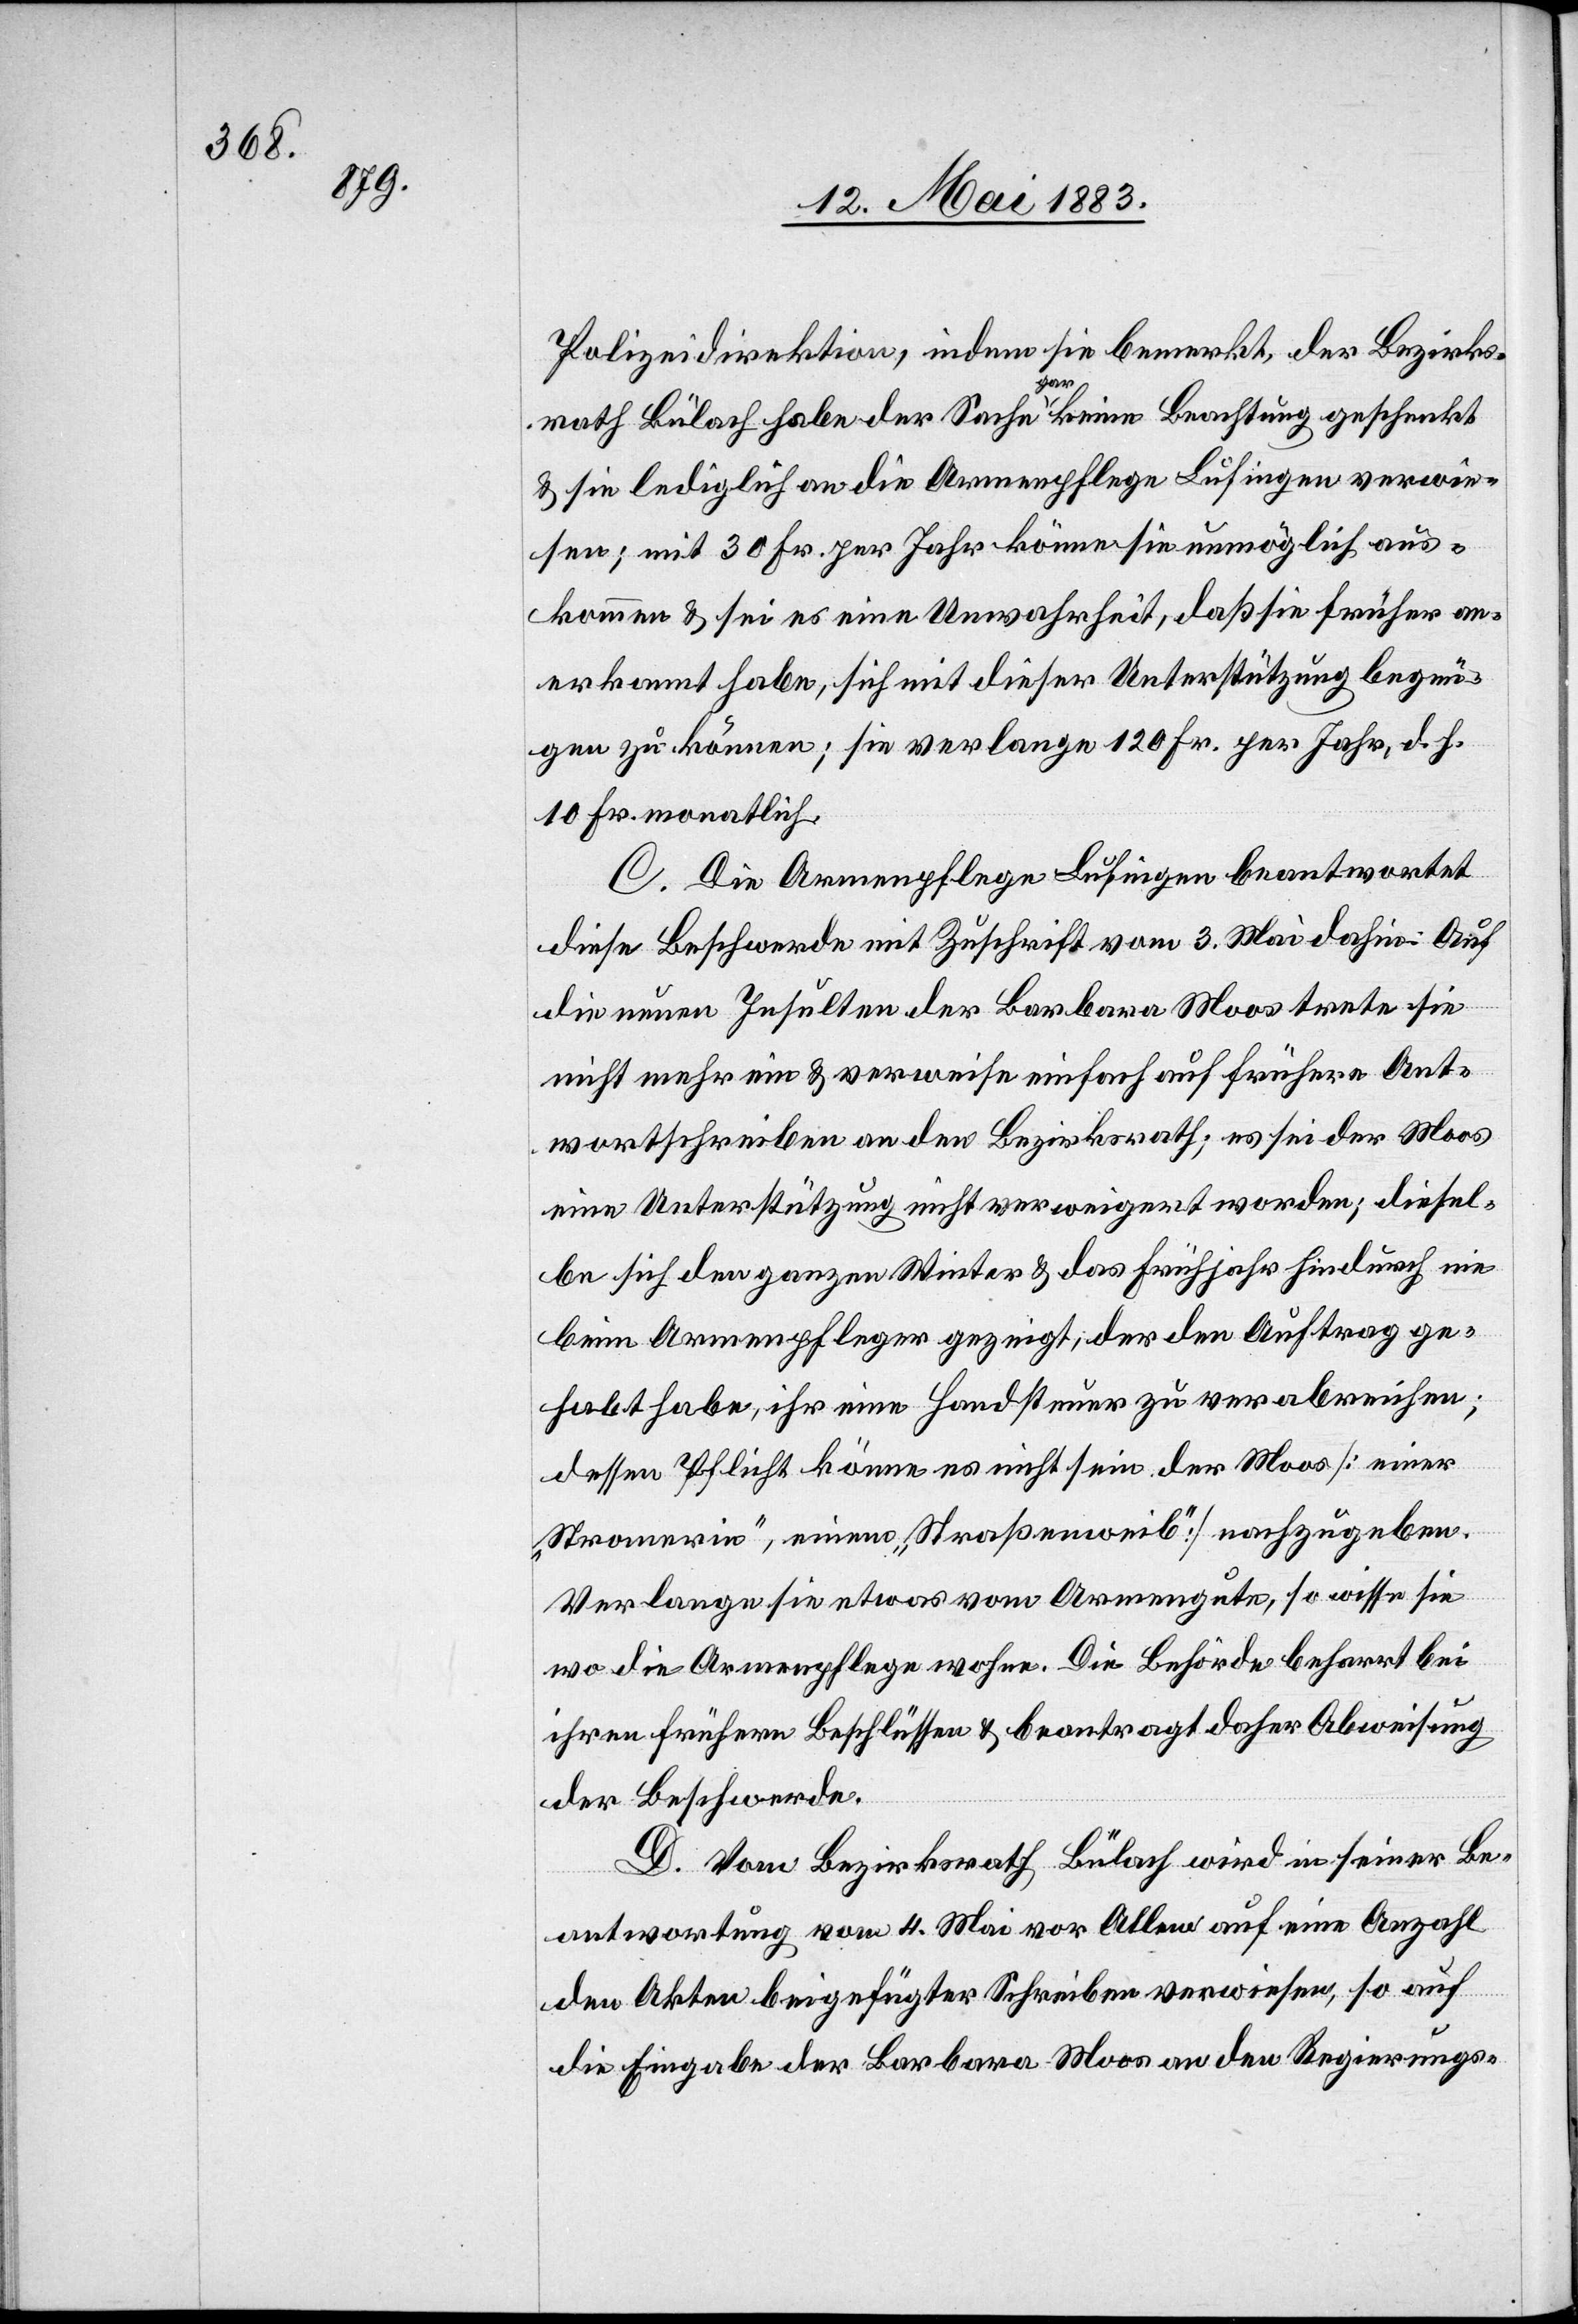
Polizeidirektion, indem sie bemerkt, der Bezirks¬
rath Bülach habe der Sache gar keine Beachtung geschenkt
& sie lediglich an die Armenpflege Lufingen verwie¬
sen; mit 30 Fr. per Jahr könne sie unmöglich aus¬
kommen & sei es eine Unwahrheit, daß sie früher an¬
erkannt habe, sich mit dieser Unterstützung bezeu¬
gen zu können; sie verlange 120 Fr. per Jahr, d. h.
10 Fr. monatlich.
C. Die Armenpflege Lufingen beantwortet
diese Beschwerde mit Zuschrift vom 3. Mai dahin: Auf
die neuen Insulten der Barbara Moos trete sie
nicht mehr ein & verweise einfach auf frühere Ant¬
wortschreiben an den Bezirksrath es sei der Moos
eine Unterstützung nicht verweigert worden; diesel¬
be sich den ganzen Winter & das Frühjahr hindurch nie
beim Armenpfleger gezeigt, der den Auftrag ge¬
habt habe, ihr eine Handsteuer zu verabreichen;
dessen Pflicht könne es nicht sein der Moos [einer
„Stromerin“, einem „Straßenweib“] nachzugeben.
Verlange sie etwas vom Armengute, so wisse sie
wo die Armenpflege wohne. Die Behörde beharrt bei
ihren frühern Beschlüssen & beantragt daher Abweisung
der Beschwerde.
D. Vom Bezirksrath Bülach wird in seiner Be¬
antwortung vom 4. Mai vor allem auf eine Anzahl
den Akten beigefügter Schreiben verweisen, so auf
die Eingabe der Barbara Moos an den Regierungs-